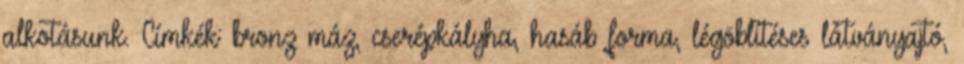
alkotásunk. Címkék: bronz máz, cserépkályha, hasáb forma, légöblítéses látványajtó,